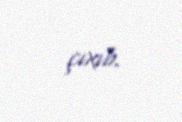
çıxıb.